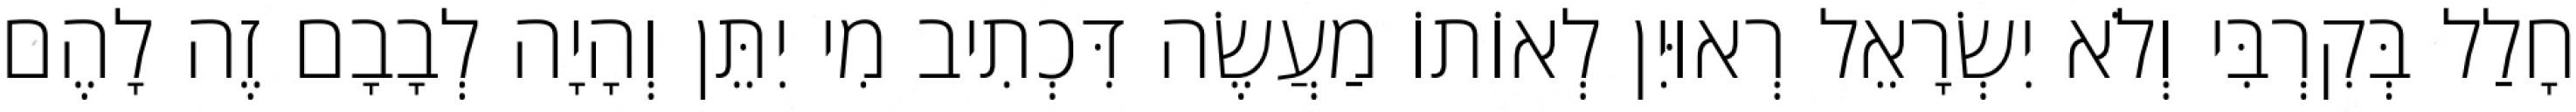
חָלַל בְּקִרְבִּי וְלֹא יִשְׂרָאֵל רְאוּיִן לְאוֹתוֹ מַעֲשֶׂה דִּכְתִיב מִי יִתֵּן וְהָיָה לְבָבָם זֶה לָהֶם